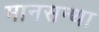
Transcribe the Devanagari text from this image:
मानसन्था